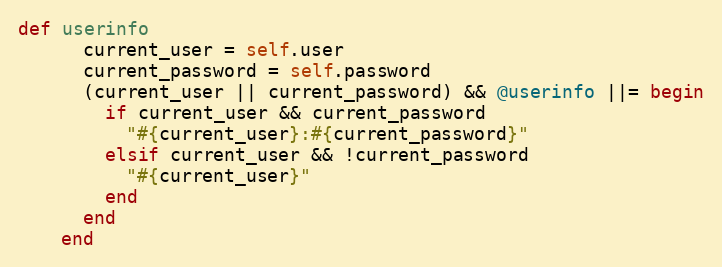
Language: Ruby
def userinfo
      current_user = self.user
      current_password = self.password
      (current_user || current_password) && @userinfo ||= begin
        if current_user && current_password
          "#{current_user}:#{current_password}"
        elsif current_user && !current_password
          "#{current_user}"
        end
      end
    end